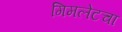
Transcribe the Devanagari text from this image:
गिमलेटचा